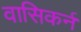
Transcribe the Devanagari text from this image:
वासिकर्न